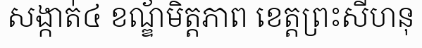
សង្កាត់៤ ខណ្ឌ័មិត្តភាព ខេត្តព្រះសីហនុ